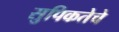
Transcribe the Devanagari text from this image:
सुपिकतेचे